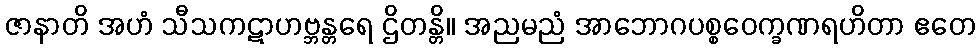
ဇာနာတိ အဟံ သီသကဋာဟဗ္ဘန္တရေ ဌိတန္တိ။ အညမညံ အာဘောဂပစ္စဝေက္ခဏရဟိတာ ဧတေ